On kala azar, malaria and malarial cachexia - Number 19
Disease focus: Malaria
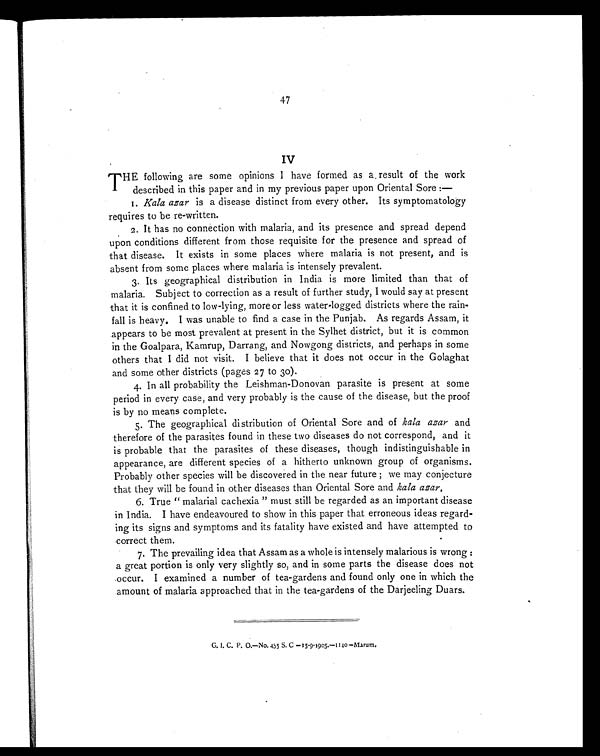
47
IV
T HE following are some opinions I have formed as a result of the work
described in this paper and in my previous paper upon Oriental Sore :—
1. Kala azar is a disease distinct from every other. Its symptomatology
requires to be re-written.
2. It has no connection with malaria, and its presence and spread depend
upon conditions different from those requisite for the presence and spread of
that disease. It exists in some places where malaria is not present, and is
absent from some places where malaria is intensely prevalent.
3. Its geographical distribution in India is more limited than that of
malaria. Subject to correction as a result of further study, I would say at present
that it is confined to low-lying, more or less water-logged districts where the rain-
fall is heavy. I was unable to find a case in the Punjab. As regards Assam, it
appears to be most prevalent at present in the Sylhet district, but it is common
in the Goalpara, Kamrup, Darrang, and Nowgong districts, and perhaps in some
others that I did not visit. I believe that it does not occur in the Golaghat
and some other districts (pages 27 to 30).
4. In all probability the Leishman-Donovan parasite is present at some
period in every case, and very probably is the cause of the disease, but the proof
is by no means complete.
5. The geographical distribution of Oriental Sore and of kala azar and
therefore of the parasites found in these two diseases do not correspond, and it
is probable that the parasites of these diseases, though indistinguishable in
appearance, are different species of a hitherto unknown group of organisms.
Probably other species will be discovered in the near future ; we may conjecture
that they will be found in other diseases than Oriental Sore and kala azar.
6. True "malarial cachexia" must still be regarded as an important disease
in India. I have endeavoured to show in this paper that erroneous ideas regard-
ing its signs and symptoms and its fatality have existed and have attempted to
correct them.
7. The prevailing idea that Assam as a whole is intensely malarious is wrong :
a great portion is only very slightly so, and in some parts the disease does not
occur. I examined a number of tea-gardens and found only one in which the
amount of malaria approached that in the tea-gardens of the Darjeeling Duars.
G. I. C. P. O.—No. 455 S. C —15-9-1905.—1140 —Marum.